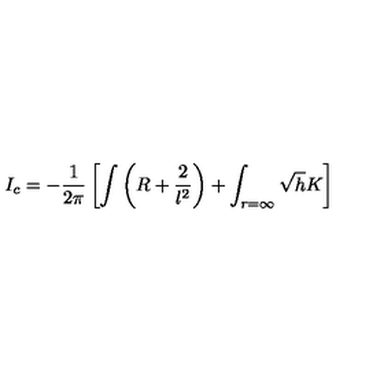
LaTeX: I _ { c } = - \frac { 1 } { 2 \pi } \left[ \int \left( R + \frac { 2 } { l ^ { 2 } } \right) + \int _ { r = \infty } \sqrt { h } K \right]